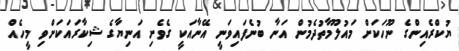
ޔުކްރެއިންގެ ނޫހަކަށް މައުލޫމާތުދެމުން އަނާ ބުނެފައިވަނީ އޭނާއަކީ ގެވެށި އަނިޔާގެ ޝިކާރައަކަށްވި މީހެއް